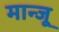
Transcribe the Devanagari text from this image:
मान्जू